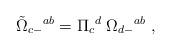
LaTeX: \begin{align*}{\tilde \Omega}_{c-}{}^{ab} = \Pi _c{}^d \; \Omega_{d-}{}^{ab} \ ,\end{align*}